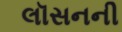
લૉસનની